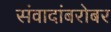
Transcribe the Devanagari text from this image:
संवादांबरोबर